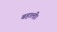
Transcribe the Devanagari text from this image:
बहाली।